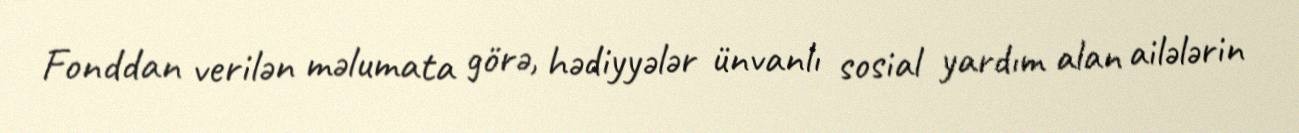
Fonddan verilən məlumata görə, hədiyyələr ünvanlı sosial yardım alan ailələrin